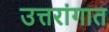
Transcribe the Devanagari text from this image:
उत्तरांगात